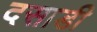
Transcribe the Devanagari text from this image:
दसाडी